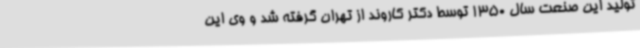
تولید این صنعت سال 1350 توسط دکتر کاروند از تهران گرفته شد و وی این